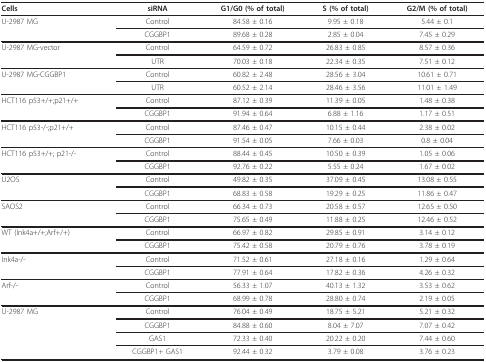
<table><thead><tr><td><b>Cells</b></td><td><b>siRNA</b></td><td><b>G1/G0 (% of total)</b></td><td><b>S (% of total)</b></td><td><b>G2/M (% of total)</b></td></tr></thead><tbody><tr><td>U-2987 MG</td><td>Control</td><td>84.58 ± 0.16</td><td>9.95 ± 0.18</td><td>5.44 ± 0.1</td></tr><tr><td></td><td>CGGBP1</td><td>89.68 ± 0.28</td><td>2.85 ± 0.04</td><td>7.45 ± 0.29</td></tr><tr><td>U-2987 MG-vector</td><td>Control</td><td>64.59 ± 0.72</td><td>26.83 ± 0.85</td><td>8.57 ± 0.36</td></tr><tr><td></td><td>UTR</td><td>70.03 ± 0.18</td><td>22.34 ± 0.35</td><td>7.51 ± 0.12</td></tr><tr><td>U-2987 MG-CGGBP1</td><td>Control</td><td>60.82 ± 2.48</td><td>28.56 ± 3.04</td><td>10.61 ± 0.71</td></tr><tr><td></td><td>UTR</td><td>60.52 ± 2.14</td><td>28.46 ± 3.56</td><td>11.01 ± 1.49</td></tr><tr><td>HCT116 p53+/+;p21+/+</td><td>Control</td><td>87.12 ± 0.39</td><td>11.39 ± 0.05</td><td>1.48 ± 0.38</td></tr><tr><td></td><td>CGGBP1</td><td>91.94 ± 0.64</td><td>6.88 ± 1.16</td><td>1.17 ± 0.51</td></tr><tr><td>HCT116 p53-/-;p21+/+</td><td>Control</td><td>87.46 ± 0.47</td><td>10.15 ± 0.44</td><td>2.38 ± 0.02</td></tr><tr><td></td><td>CGGBP1</td><td>91.54 ± 0.05</td><td>7.66 ± 0.03</td><td>0.8 ± 0.04</td></tr><tr><td>HCT116 p53+/+; p21-/-</td><td>Control</td><td>88.44 ± 0.45</td><td>10.50 ± 0.39</td><td>1.05 ± 0.06</td></tr><tr><td></td><td>CGGBP1</td><td>92.76 ± 0.22</td><td>5.55 ± 0.24</td><td>1.67 ± 0.02</td></tr><tr><td>U2OS</td><td>Control</td><td>49.82 ± 0.35</td><td>37.09 ± 0.45</td><td>13.08 ± 0.55</td></tr><tr><td></td><td>CGGBP1</td><td>68.83 ± 0.58</td><td>19.29 ± 0.25</td><td>11.86 ± 0.47</td></tr><tr><td>SAOS2</td><td>Control</td><td>66.34 ± 0.73</td><td>20.58 ± 0.57</td><td>12.65 ± 0.50</td></tr><tr><td></td><td>CGGBP1</td><td>75.65 ± 0.49</td><td>11.88 ± 0.25</td><td>12.46 ± 0.52</td></tr><tr><td>WT (Ink4a+/+;Arf+/+)</td><td>Control</td><td>66.97 ± 0.82</td><td>29.85 ± 0.91</td><td>3.14 ± 0.12</td></tr><tr><td></td><td>CGGBP1</td><td>75.42 ± 0.58</td><td>20.79 ± 0.76</td><td>3.78 ± 0.19</td></tr><tr><td>Ink4a-/-</td><td>Control</td><td>71.52 ± 0.61</td><td>27.18 ± 0.16</td><td>1.29 ± 0.64</td></tr><tr><td></td><td>CGGBP1</td><td>77.91 ± 0.64</td><td>17.82 ± 0.36</td><td>4.26 ± 0.32</td></tr><tr><td>Arf-/-</td><td>Control</td><td>56.33 ± 1.07</td><td>40.13 ± 1.32</td><td>3.53 ± 0.62</td></tr><tr><td></td><td>CGGBP1</td><td>68.99 ± 0.78</td><td>28.80 ± 0.74</td><td>2.19 ± 0.05</td></tr><tr><td>U-2987 MG</td><td>Control</td><td>76.04 ± 0.49</td><td>18.75 ± 5.21</td><td>5.21 ± 0.32</td></tr><tr><td></td><td>CGGBP1</td><td>84.88 ± 0.60</td><td>8.04 ± 7.07</td><td>7.07 ± 0.42</td></tr><tr><td></td><td>GAS1</td><td>72.33 ± 0.40</td><td>20.22 ± 0.20</td><td>7.44 ± 0.60</td></tr><tr><td></td><td>CGGBP1+ GAS1</td><td>92.44 ± 0.32</td><td>3.79 ± 0.08</td><td>3.76 ± 0.23</td></tr></tbody></table>